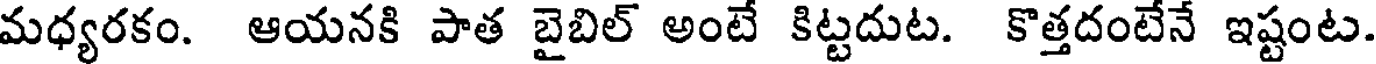
మధ్యరకం. ఆయనకి పాత బైబిల్ అంటే కిట్టదుట. కొత్తదంటేనే ఇష్టంట.